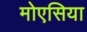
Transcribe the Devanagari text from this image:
मोएसिया